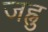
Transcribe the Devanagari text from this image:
जह्नु